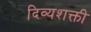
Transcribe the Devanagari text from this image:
दिव्यशक्ती